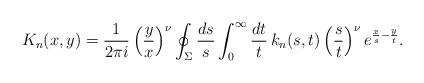
LaTeX: \begin{align*} K_n(x, y) = \frac{1}{2\pi i}\left(\frac{y}{x}\right)^\nu \oint_\Sigma\frac{ds}{s} \int_{0}^{\infty}\frac{dt}{t} \, k_n(s,t)\left(\frac{s}{t}\right)^\nu e^{\frac{x}{s}-\frac{y}{t}}.\end{align*}